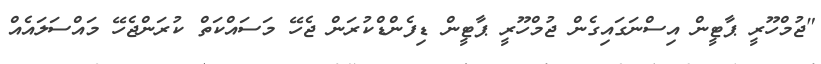
"ޖުމްހޫރީ ޕާޓީން އިސްނަގައިގެން ޖުމްހޫރީ ޕާޓީން ޑިފެންޑްކުރަން ޖެހޭ މަސައްކަތް ކުރަންޖެހޭ މައްސަލައެއް